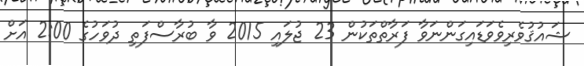
ޝައުޤުވެރިވެވަޑައިގަންނަވާ ފަރާތްތަކުން 23 ޖުލައި 2015 ވާ ބުރާސްފަތި ދުވަހުގެ 2:00 އަށް